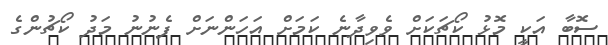
ސޮބާ އަކީ މޮޅު ކޯޗަކަށް ވެވިދާނެ ކަމަށް އަހަންނަށް ފެނުނު މަދު ކޯޗުންގެ